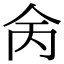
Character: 𠇮